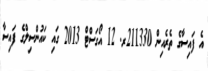
އެ ފައިސާގެ ތެރެއިން 211330ރ. 12 އޯގަސްޓް 2013 ގައި ކައުންސިލްގެ ފައިސާ